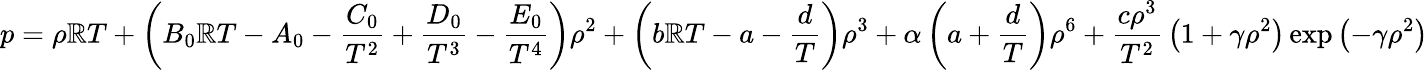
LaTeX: p=\rho\mathbb{R}T+\left(B_{0}\mathbb{R}T-A_{0}-{\frac{{C_{0}}}{{T^{2}}}}+{\frac{{D_{0}}}{{T^{3}}}}-{\frac{{E_{0}}}{{T^{4}}}}\right)\rho^{2}+\left(b\mathbb{R}T-a-{\frac{{d}}{{T}}}\right)\rho^{3}+\alpha\left(a+{\frac{{d}}{{T}}}\right)\rho^{6}+{\frac{{c\rho^{3}}}{{T^{2}}}}\left(1+\gamma\rho^{2}\right)\exp\left(-\gamma\rho^{2}\right)